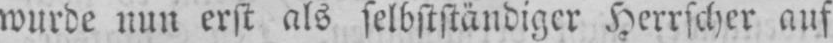
wurde nun erst als selbstständiger Herrscher auf